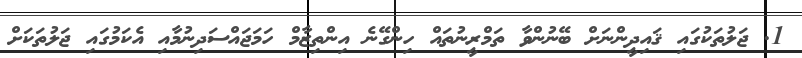
1. ޖަލުތަކުގައި ޤައިދީންނަށް ބޭނުންވާ ތަމްރީނުތައް ހިންގޭނެ އިންތިޒާމް ހަމަޖައްސަދިނުމާއި އެކަމުގައި ޖަލުތަކަށް